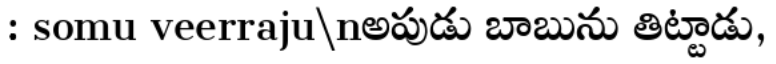
: somu veerraju\nఅపుడు బాబును తిట్టాడు,